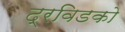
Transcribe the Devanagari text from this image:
द्रविडको